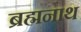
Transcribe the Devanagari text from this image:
ब्रह्मनाथ